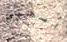
اسحبي